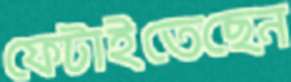
ফেটাইতেছেন